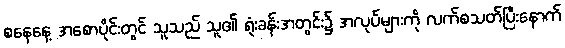
စနေနေ့ အစောပိုင်းတွင် သူသည် သူ၏ ရုံးခန်းအတွင်း၌ အလုပ်များကို လက်စသတ်ပြီးနောက်